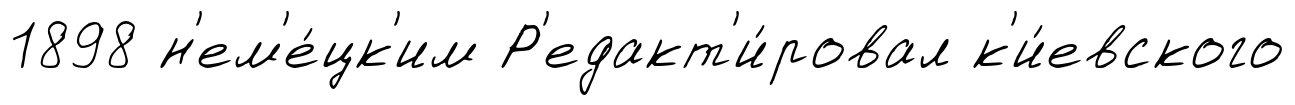
1898 н'ем'е́цк'им Р'едакт'и́ровал к'и́евского